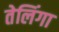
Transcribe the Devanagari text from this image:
तेलिंगा